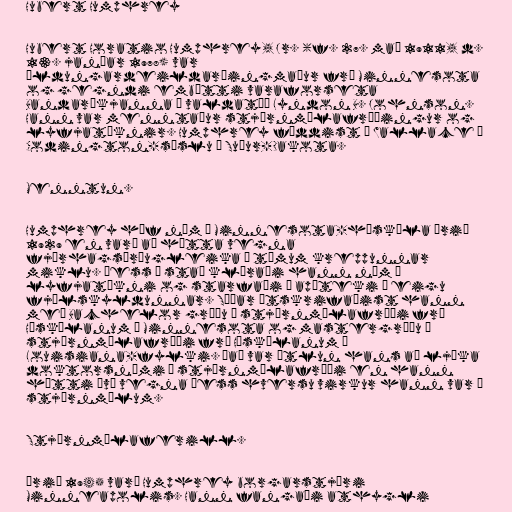
Hubert Humphrey

Hubert Horatio Humphrey, Jr. (f. 27. maí 1911, d.
13. janúar 1978) var
öldungardeildarþingmaður frá Minnesota
og gegndi embætti varaforseta
Bandaríkjanna í valdatíð Lyndon B. Johnson.
Hann var menntaður stjórnmálafræðingur og
lyfjatæknir. Humphrey fæddist í Wallace í
Codington-sýslu í Suður-Dakota.

Menntun.

Humphrey hóf nám í Minnesota-háskóla árið
1929 en varð að hætta vegna
fjárhagsörðugleika á tímum kreppunnar
miklu. Þess í stað kláraði hann nám í
lyfjatækni og starfaði í apóteki í eigu
fjölskyldunnar. Síðar útskrifaðist hann
með Bachelor gráðu í stjórnmálafræði frá
Háskólanum í Minnesota og mastergráðu í
stjórnmálafræði frá Háskólanum í
Louisiana-fylki. Það var ætlun hans að ljúka
doktorsnámi í stjórnmálafræði en hann
hætti því vegna þess hversu virkur hann var í
stjórnmálum.

Stjórnmálaferill.

Árið 1945 varð Humphrey borgarstjóri
Minneapolis. Hann fangaði athygli